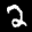
Label: 2